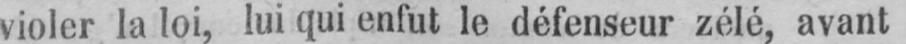
violer la loi, lui qui enfut le défenseur zélé, avant